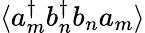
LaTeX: \langle a_{m}^{\dagger}b_{n}^{\dagger}b_{n}a_{m}\rangle